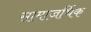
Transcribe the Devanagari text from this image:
सामाजर्थिक